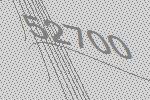
52700